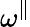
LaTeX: \omega^{\parallel}